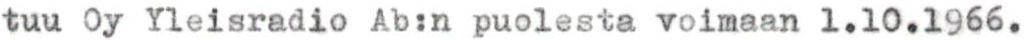
tuu Oy Yleisradio Ab:n puolesta voimaan 1.10.1966.